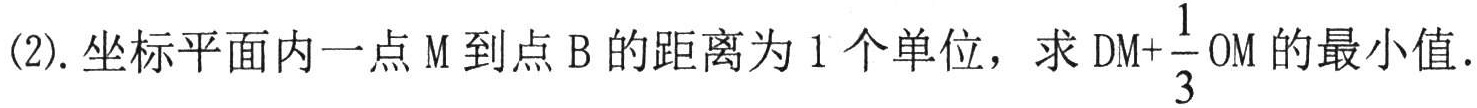
(2). 坐标平面内一点\(M\)到点\(B\)的距离为\(1\)个单位，求\(DM + \frac{1}{3}OM\)的最小值.